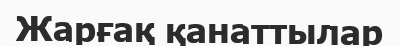
Жарғақ қанаттылар